Annual administration and progress report of the Indian Medical Department, Bombay
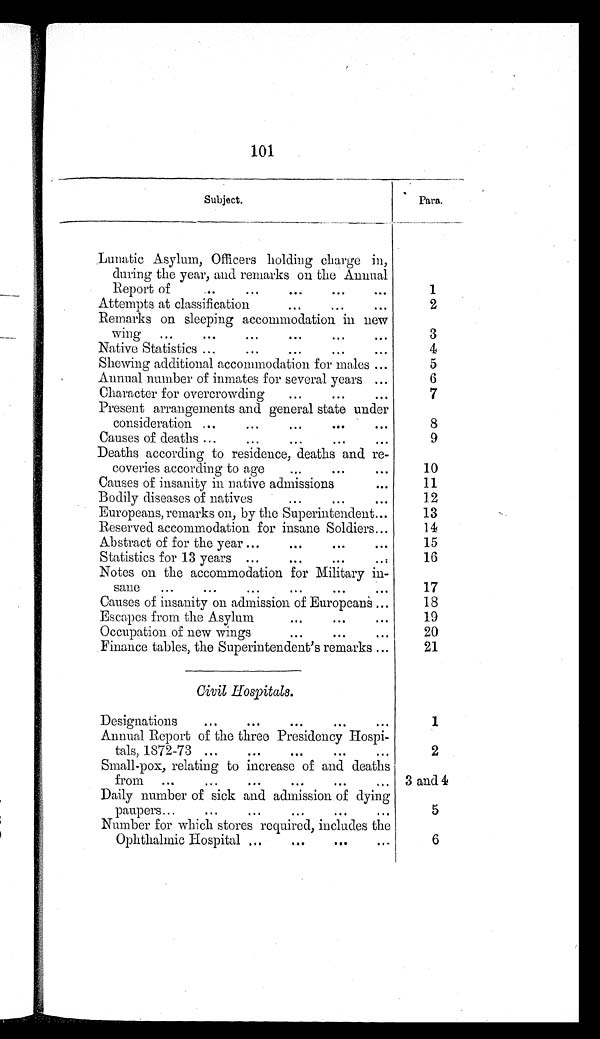
101
Subject.
Para.
Lunatic Asylum, Officers holding charge in,
during the year, and remarks on the Annual
Report of
...
...
...
...
. . .
1
Attempts at classification
...
...
...
2
Remarks on sleeping accommodation in new
wing ...
... ... ...
...
...
3
Native Statistics ... ...
...
...
...
4
Shewing additional accommodation for males ...
5
Annual number of inmates for several years ...
6
Character for overcrowding
...
...
. . .
7
Present arrangements and general state under consideration ... ... ... ... ...
consideration ...
...
...
...
. . .
8
Causes of deaths ...
...
...
...
. . .
9
Deaths according to residence, deaths and re-
coveries according to age
...
...
. . .
1 0
Causes of insanity in native admissions
. . .
11
Bodily diseases of natives
...
...
. . .
12
Europeans, remarks on, by the Superintendent...
13
Reserved accommodation for insane Soldiers...
14
Abstract of for the year ...
...
...
. . .
15
Statistics for 13 years ...
...
...
. . .
16
Notes on the accommodation for Military in-
sane ...
...
...
...
...
. . .
17
Causes of insanity on admission of Europeans ...
18
Escapes from the Asylum
...
... ...
19
Occupation of new wings ... ... ...
20
Finance tables, the Superintendent's remarks ...
21
Civil Hospitals.
Designations
...
...
...
...
. . .
1
Annual Report of the three Presidency Hospi-
tals, 1872-73 ...
...
...
...
. . .
2
Small-pox, relating to increase of and deaths
from ... ... ... ... ...
...
3 and 4
Daily number of sick and admission of dying
paupers ... ... ... ... ...
...
5
Number for which stores required, includes the
Ophthalmic Hospital ... ... ... ...
6